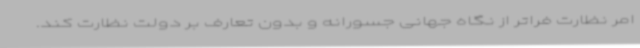
امر نظارت فراتر از نگاه جهانی جسورانه و بدون تعارف بر دولت نظارت کند.